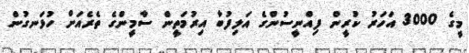
މީގެ 3000 އަހަރު ކުރީން ފިއްނީސުންގެ އަލިފުބާ އިރުމަތީން ސާމީންގެ ތެރެއަށް ހުޅަނގުން